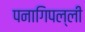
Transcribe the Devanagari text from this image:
पनागिपल्ली